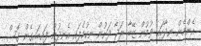
އެންމެން ނިދާހައި ވުމުން ޒޭބާ ރަޖާ ދަށުން ނިކުމެފައި އެނދުން ފައިބައިގެން ގޮސް